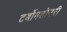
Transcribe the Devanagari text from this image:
टर्बोमशीनरी